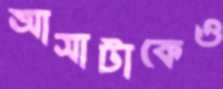
আসাটাকেও